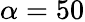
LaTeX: \alpha=50